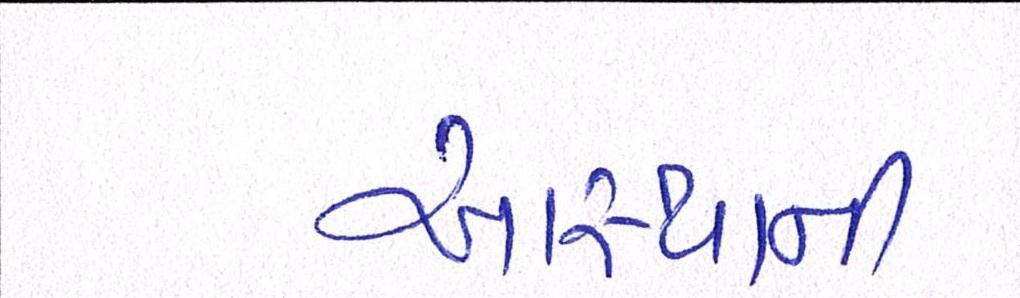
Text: આસ્થાની